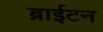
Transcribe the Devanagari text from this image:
ब्राईटन